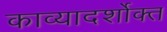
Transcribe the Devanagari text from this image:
काव्यादर्शोक्त